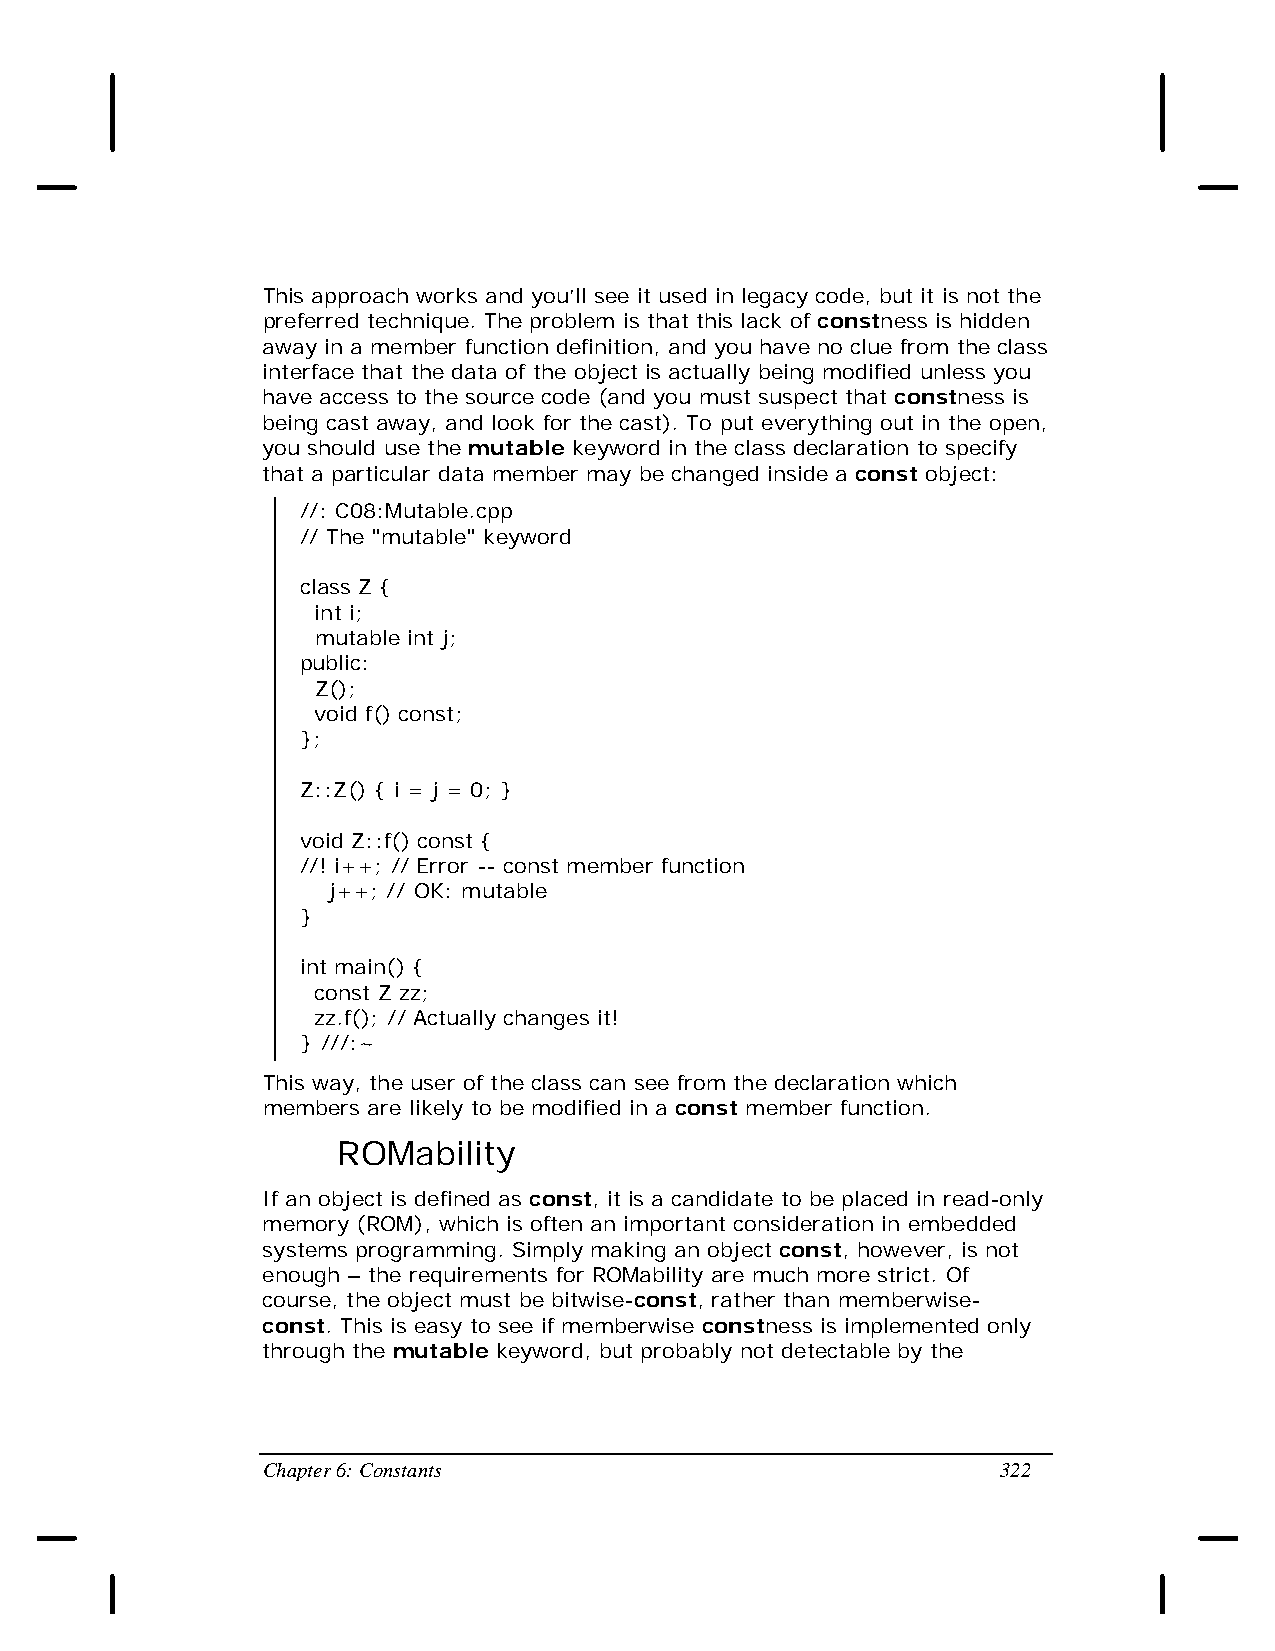
This approach works and you’ll see it used in legacy code, but it is not the
 preferred technique. The problem is that this lack of constness is hidden
 away in a member function definition, and you have no clue from the class
 interface that the data of the object is actually being modified unless you
 have access to the source code (and you must suspect that constness is
 being cast away, and look for the cast). To put everything out in the open,
 you should use the mutable keyword in the class declaration to specify
 that a particular data member may be changed inside a const object:
 //: C08:Mutable.cpp
 // The "mutable" keyword
 class Z {
 int i;
 mutable int j;
 public:
 Z();
 void f() const;
 };
 Z::Z() { i = j = 0; }
 void Z::f() const {
 //! i++; // Error -- const member function
 j++; // OK: mutable
 }
 int main() {
 const Z zz;
 zz.f(); // Actually changes it!
 } ///:~
 This way, the user of the class can see from the declaration which
 members are likely to be modified in a const member function.
 ROMability
 If an object is defined as const, it is a candidate to be placed in read-only
 memory (ROM), which is often an important consideration in embedded
 systems programming. Simply making an object const, however, is not
 enough – the requirements for ROMability are much more strict. Of
 course, the object must be bitwise-const, rather than memberwise-
 const. This is easy to see if memberwise constness is implemented only
 through the mutable keyword, but probably not detectable by the
 Chapter 6: Constants                             322